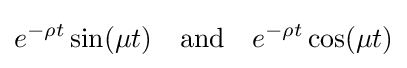
e^{-\rho t}\sin(\mu t)\quad {\text{and}}\quad e^{-\rho t}\cos(\mu t)